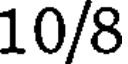
10/8